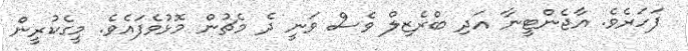
ފަހަރެވެ. އާޖެންޓީނާ އަދި ބްރެޒިލް ވެސް ވަނީ ދެ މެޗުން މޮޅުވެފައެވެ. މީގެކުރީން